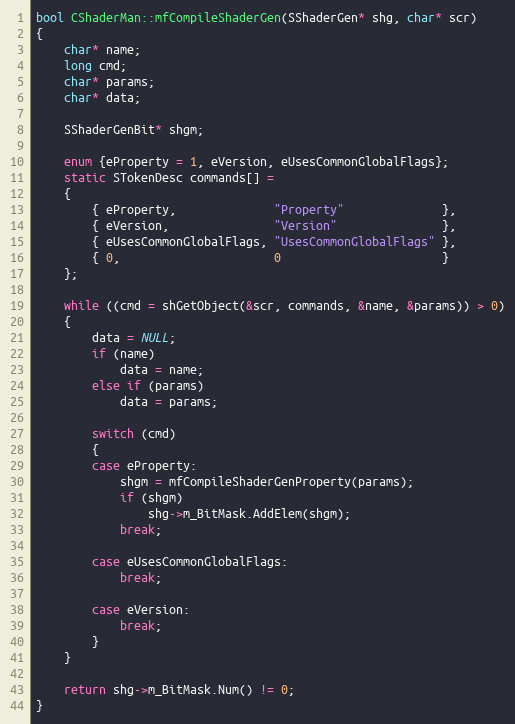
Language: C++
bool CShaderMan::mfCompileShaderGen(SShaderGen* shg, char* scr)
{
	char* name;
	long cmd;
	char* params;
	char* data;

	SShaderGenBit* shgm;

	enum {eProperty = 1, eVersion, eUsesCommonGlobalFlags};
	static STokenDesc commands[] =
	{
		{ eProperty,              "Property"              },
		{ eVersion,               "Version"               },
		{ eUsesCommonGlobalFlags, "UsesCommonGlobalFlags" },
		{ 0,                      0                       }
	};

	while ((cmd = shGetObject(&scr, commands, &name, &params)) > 0)
	{
		data = NULL;
		if (name)
			data = name;
		else if (params)
			data = params;

		switch (cmd)
		{
		case eProperty:
			shgm = mfCompileShaderGenProperty(params);
			if (shgm)
				shg->m_BitMask.AddElem(shgm);
			break;

		case eUsesCommonGlobalFlags:
			break;

		case eVersion:
			break;
		}
	}

	return shg->m_BitMask.Num() != 0;
}